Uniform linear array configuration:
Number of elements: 8
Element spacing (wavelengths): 0.5
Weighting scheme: exponential
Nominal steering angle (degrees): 45
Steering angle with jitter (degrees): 46.064
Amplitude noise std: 0.05
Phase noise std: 0.05

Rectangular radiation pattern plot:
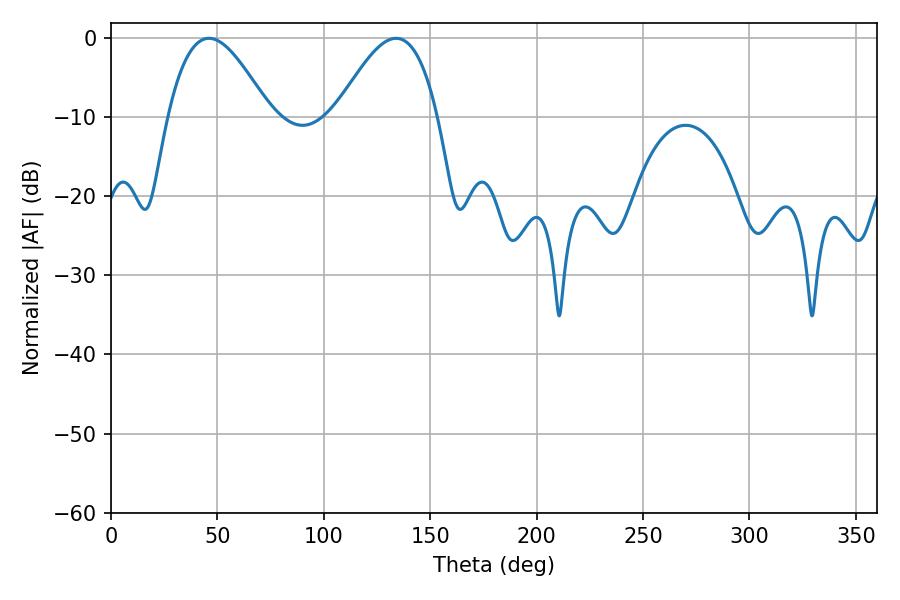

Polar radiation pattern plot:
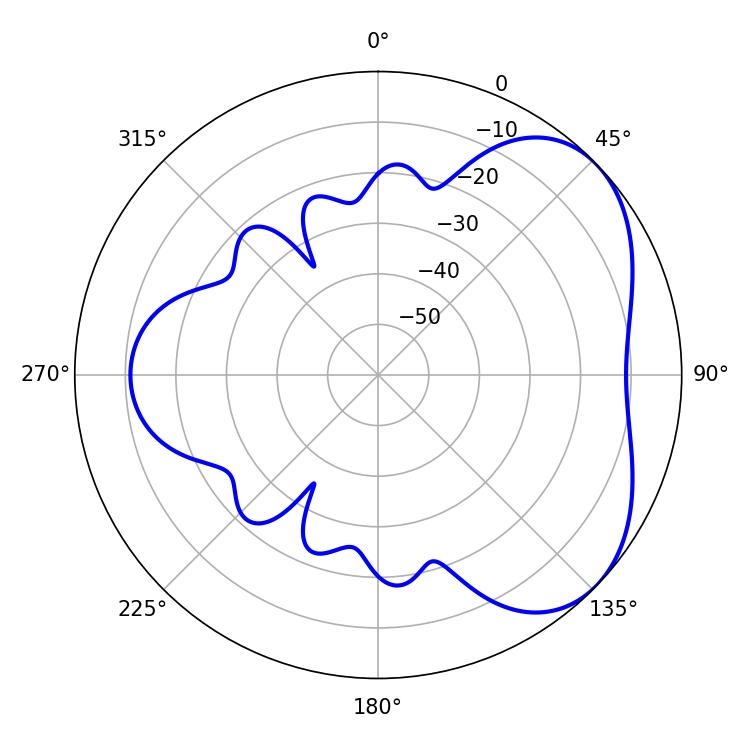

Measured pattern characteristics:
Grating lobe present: FALSE
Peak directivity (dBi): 4.454
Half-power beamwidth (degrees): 25.74
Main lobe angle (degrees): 46.08